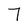
Character: 7